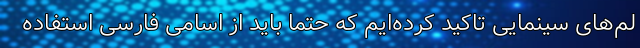
لم‌های سینمایی تاکید کرده‌ایم که حتما باید از اسامی فارسی استفاده